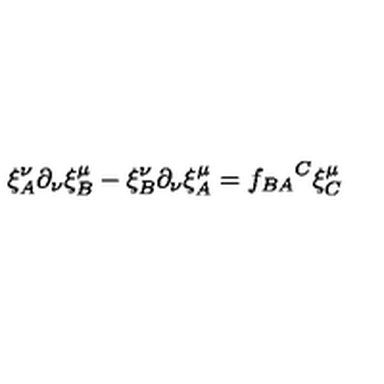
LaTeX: \xi _ { A } ^ { \nu } \partial _ { \nu } \xi _ { B } ^ { \mu } - \xi _ { B } ^ { \nu } \partial _ { \nu } \xi _ { A } ^ { \mu } = { f _ { B A } } ^ { C } \xi _ { C } ^ { \mu }